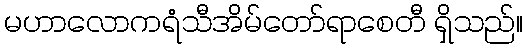
မဟာလောကရံသီအိမ်တော်ရာစေတီ ရှိသည်။